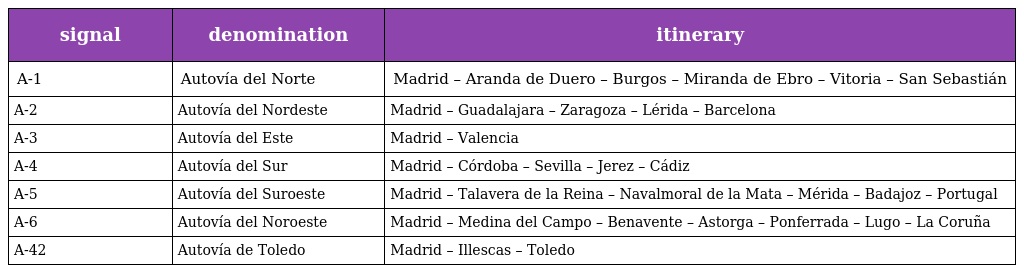
| signal | denomination | itinerary |
 | --- | --- | --- |
 | A-1 | Autovía del Norte | Madrid – Aranda de Duero – Burgos – Miranda de Ebro – Vitoria – San Sebastián |
 | A-2 | Autovía del Nordeste | Madrid – Guadalajara – Zaragoza – Lérida – Barcelona |
 | A-3 | Autovía del Este | Madrid – Valencia |
 | A-4 | Autovía del Sur | Madrid – Córdoba – Sevilla – Jerez – Cádiz |
 | A-5 | Autovía del Suroeste | Madrid – Talavera de la Reina – Navalmoral de la Mata – Mérida – Badajoz – Portugal |
 | A-6 | Autovía del Noroeste | Madrid – Medina del Campo – Benavente – Astorga – Ponferrada – Lugo – La Coruña |
 | A-42 | Autovía de Toledo | Madrid – Illescas – Toledo |